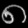
Digit: ၈